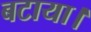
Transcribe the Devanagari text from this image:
बटाया।